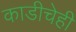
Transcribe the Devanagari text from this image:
काडीचेही